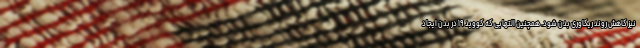
نیز کاهش روند ریکاوری بدن شود. همچنین التهابی که کووید ۱۹ در بدن ایجاد